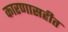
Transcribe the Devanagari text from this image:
कारणासहीत